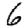
Digit: 6